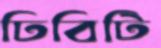
ঢিবিটি